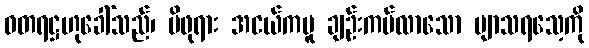
ဓတရဋ္ဌဟုခေါ်သည်၊ မိဖုရား အငယ်ကမူ ချဉ်းကပ်လာသော ဗျာသရသေ့ကို